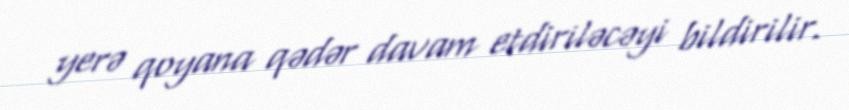
yerə qoyana qədər davam etdiriləcəyi bildirilir.